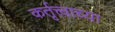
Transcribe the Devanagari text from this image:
कर्तृत्त्वाच्या